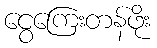
ငွေကြေးတန်ဖိုး